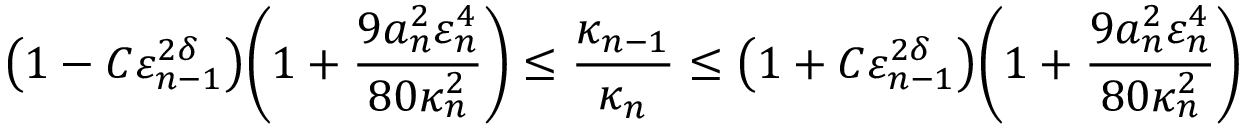
\bigl ( 1 - C \varepsilon _ { n - 1 } ^ { 2 \delta } \bigr ) \biggl ( 1 + \frac { 9 a _ { n } ^ { 2 } \varepsilon _ { n } ^ { 4 } } { 8 0 \kappa _ { n } ^ { 2 } } \biggr ) \leq \frac { \kappa _ { n - 1 } } { \kappa _ { n } } \leq \bigl ( 1 + C \varepsilon _ { n - 1 } ^ { 2 \delta } \bigr ) \biggl ( 1 + \frac { 9 a _ { n } ^ { 2 } \varepsilon _ { n } ^ { 4 } } { 8 0 \kappa _ { n } ^ { 2 } } \biggr )